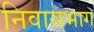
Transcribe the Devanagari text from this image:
निवासभाग